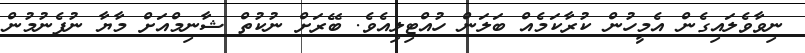
ނިވާވެލައިގެން އެމީހުން ކުރާކަމެއް ބަލަން ހުއްޓިލިއެވެ. ބޭރަށް ނުކުތް ޝާނިމްއަށް މާޔާ ނުފެނުމުން